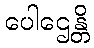
ပေါဌေန္တိ